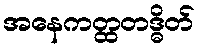
အနေကတ္ထတဒ္ဓိတ်